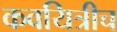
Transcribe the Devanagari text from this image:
कवयित्रीच